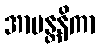
အာမန္တနိကာ